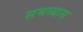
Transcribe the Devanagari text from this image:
समव्यास